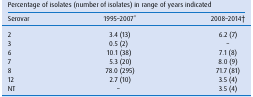
<table><thead><tr><td colspan="3"><b>Percentage of isolates (number of isolates) in range of years indicated</b></td></tr><tr><td><b>Serovar</b></td><td><b>1995–2007*</b></td><td><b>2008–2014†</b></td></tr></thead><tbody><tr><td>2</td><td>3.4 (13)</td><td>6.2 (7)</td></tr><tr><td>3</td><td>0.5 (2)</td><td>–</td></tr><tr><td>6</td><td>10.1 (38)</td><td>7.1 (8)</td></tr><tr><td>7</td><td>5.3 (20)</td><td>8.0 (9)</td></tr><tr><td>8</td><td>78.0 (295)</td><td>71.7 (81)</td></tr><tr><td>12</td><td>2.7 (10)</td><td>3.5 (4)</td></tr><tr><td>NT</td><td>–</td><td>3.5 (4)</td></tr></tbody></table>